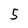
Character: 5